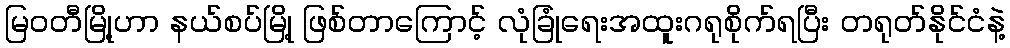
မြဝတီမြို့ဟာ နယ်စပ်မြို့ ဖြစ်တာကြောင့် လုံခြုံရေးအထူးဂရုစိုက်ရပြီး တရုတ်နိုင်ငံနဲ့